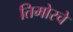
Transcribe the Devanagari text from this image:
तिमोरचे